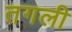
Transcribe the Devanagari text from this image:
तगली